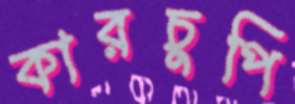
কারচুপি